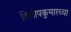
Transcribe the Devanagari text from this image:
दिलीपकुमारच्या